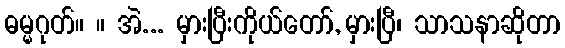
ဓမ္မဂုတ်။ ။ အဲ... မှားပြီးကိုယ်တော်, မှားပြီ၊ သာသနာဆိုတာ